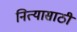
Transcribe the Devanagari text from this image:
नित्यासाठी